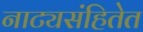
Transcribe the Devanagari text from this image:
नाट्यसंहितेत